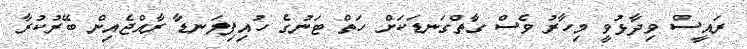
ރައީސް ވިދާޅުވީ މިހާރު ވެސް ގާތްގަނޑަކަށް ހަތް ޓަނުގެ ހުއިފިލަނޑާ ރާއްޖެއިން ބޭރުކުރާ